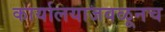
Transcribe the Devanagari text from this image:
कार्यालयाजवळूनच